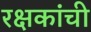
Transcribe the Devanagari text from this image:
रक्षकांची